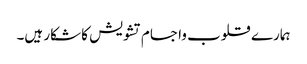
ہمارے قلوب واجسام تشویش کا شکار ہیں۔